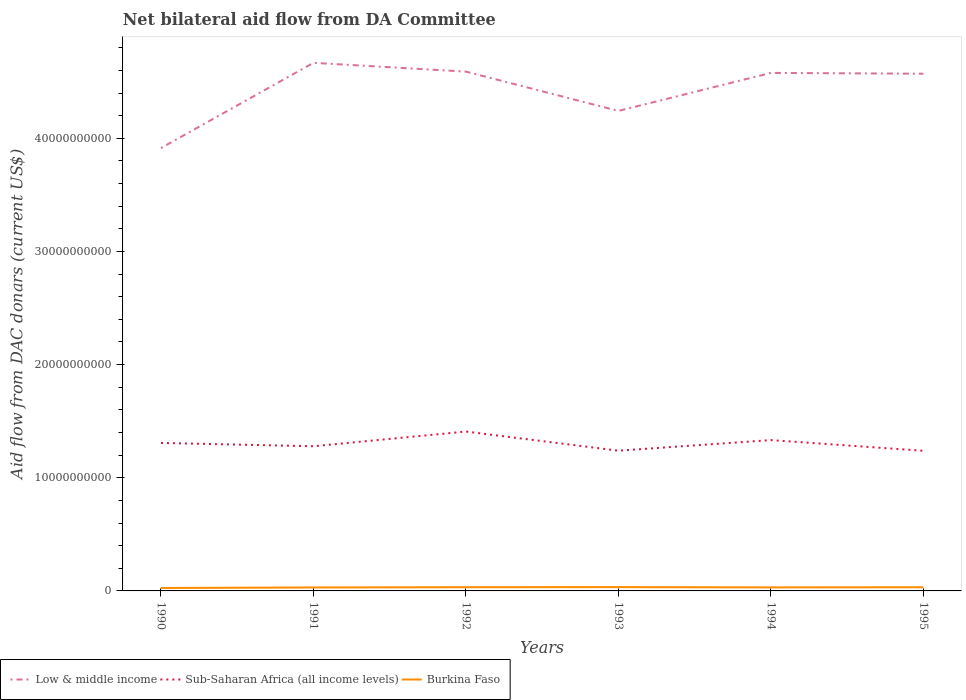
| Years | Low & middle income | Sub-Saharan Africa (all income levels) | Burkina Faso |
 | --- | --- | --- | --- |
 | 1990 | 3.91e+10 | 1.31e+10 | 2.59e+08 |
 | 1991 | 4.67e+10 | 1.28e+10 | 3.05e+08 |
 | 1992 | 4.59e+10 | 1.41e+10 | 3.29e+08 |
 | 1993 | 4.24e+10 | 1.24e+10 | 3.37e+08 |
 | 1994 | 4.58e+10 | 1.33e+10 | 3.12e+08 |
 | 1995 | 4.57e+10 | 1.24e+10 | 3.26e+08 |